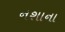
નશાના